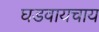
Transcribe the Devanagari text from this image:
घडवायचाय